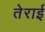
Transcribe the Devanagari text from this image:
तेराई